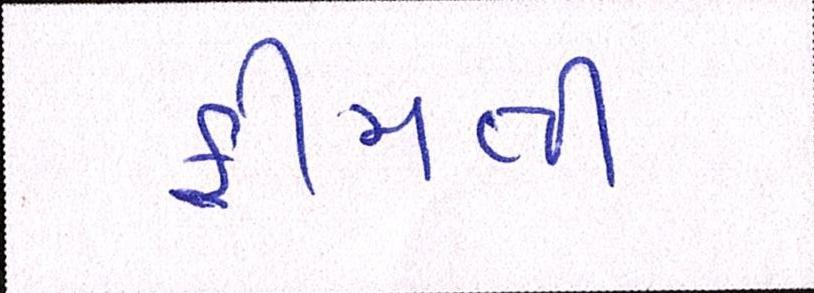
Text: કિમતી